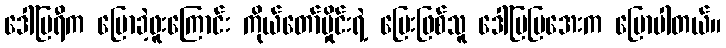
ဒေါ်မြရီက ပြောခဲ့ဖူးကြောင်း ကိုယ်တော်မှိုင်းရဲ့ မြေးဖြစ်သူ ဒေါ်မြမြအေးက ပြောပါတယ်။